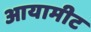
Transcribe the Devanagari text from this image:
आयामीट